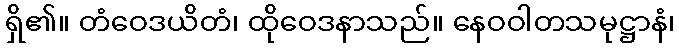
ရှိ၏။ တံဝေဒယိတံ၊ ထိုဝေဒနာသည်။ နေဝဝါတသမုဋ္ဌာနံ၊